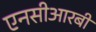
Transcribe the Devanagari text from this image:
एनसीआरबी